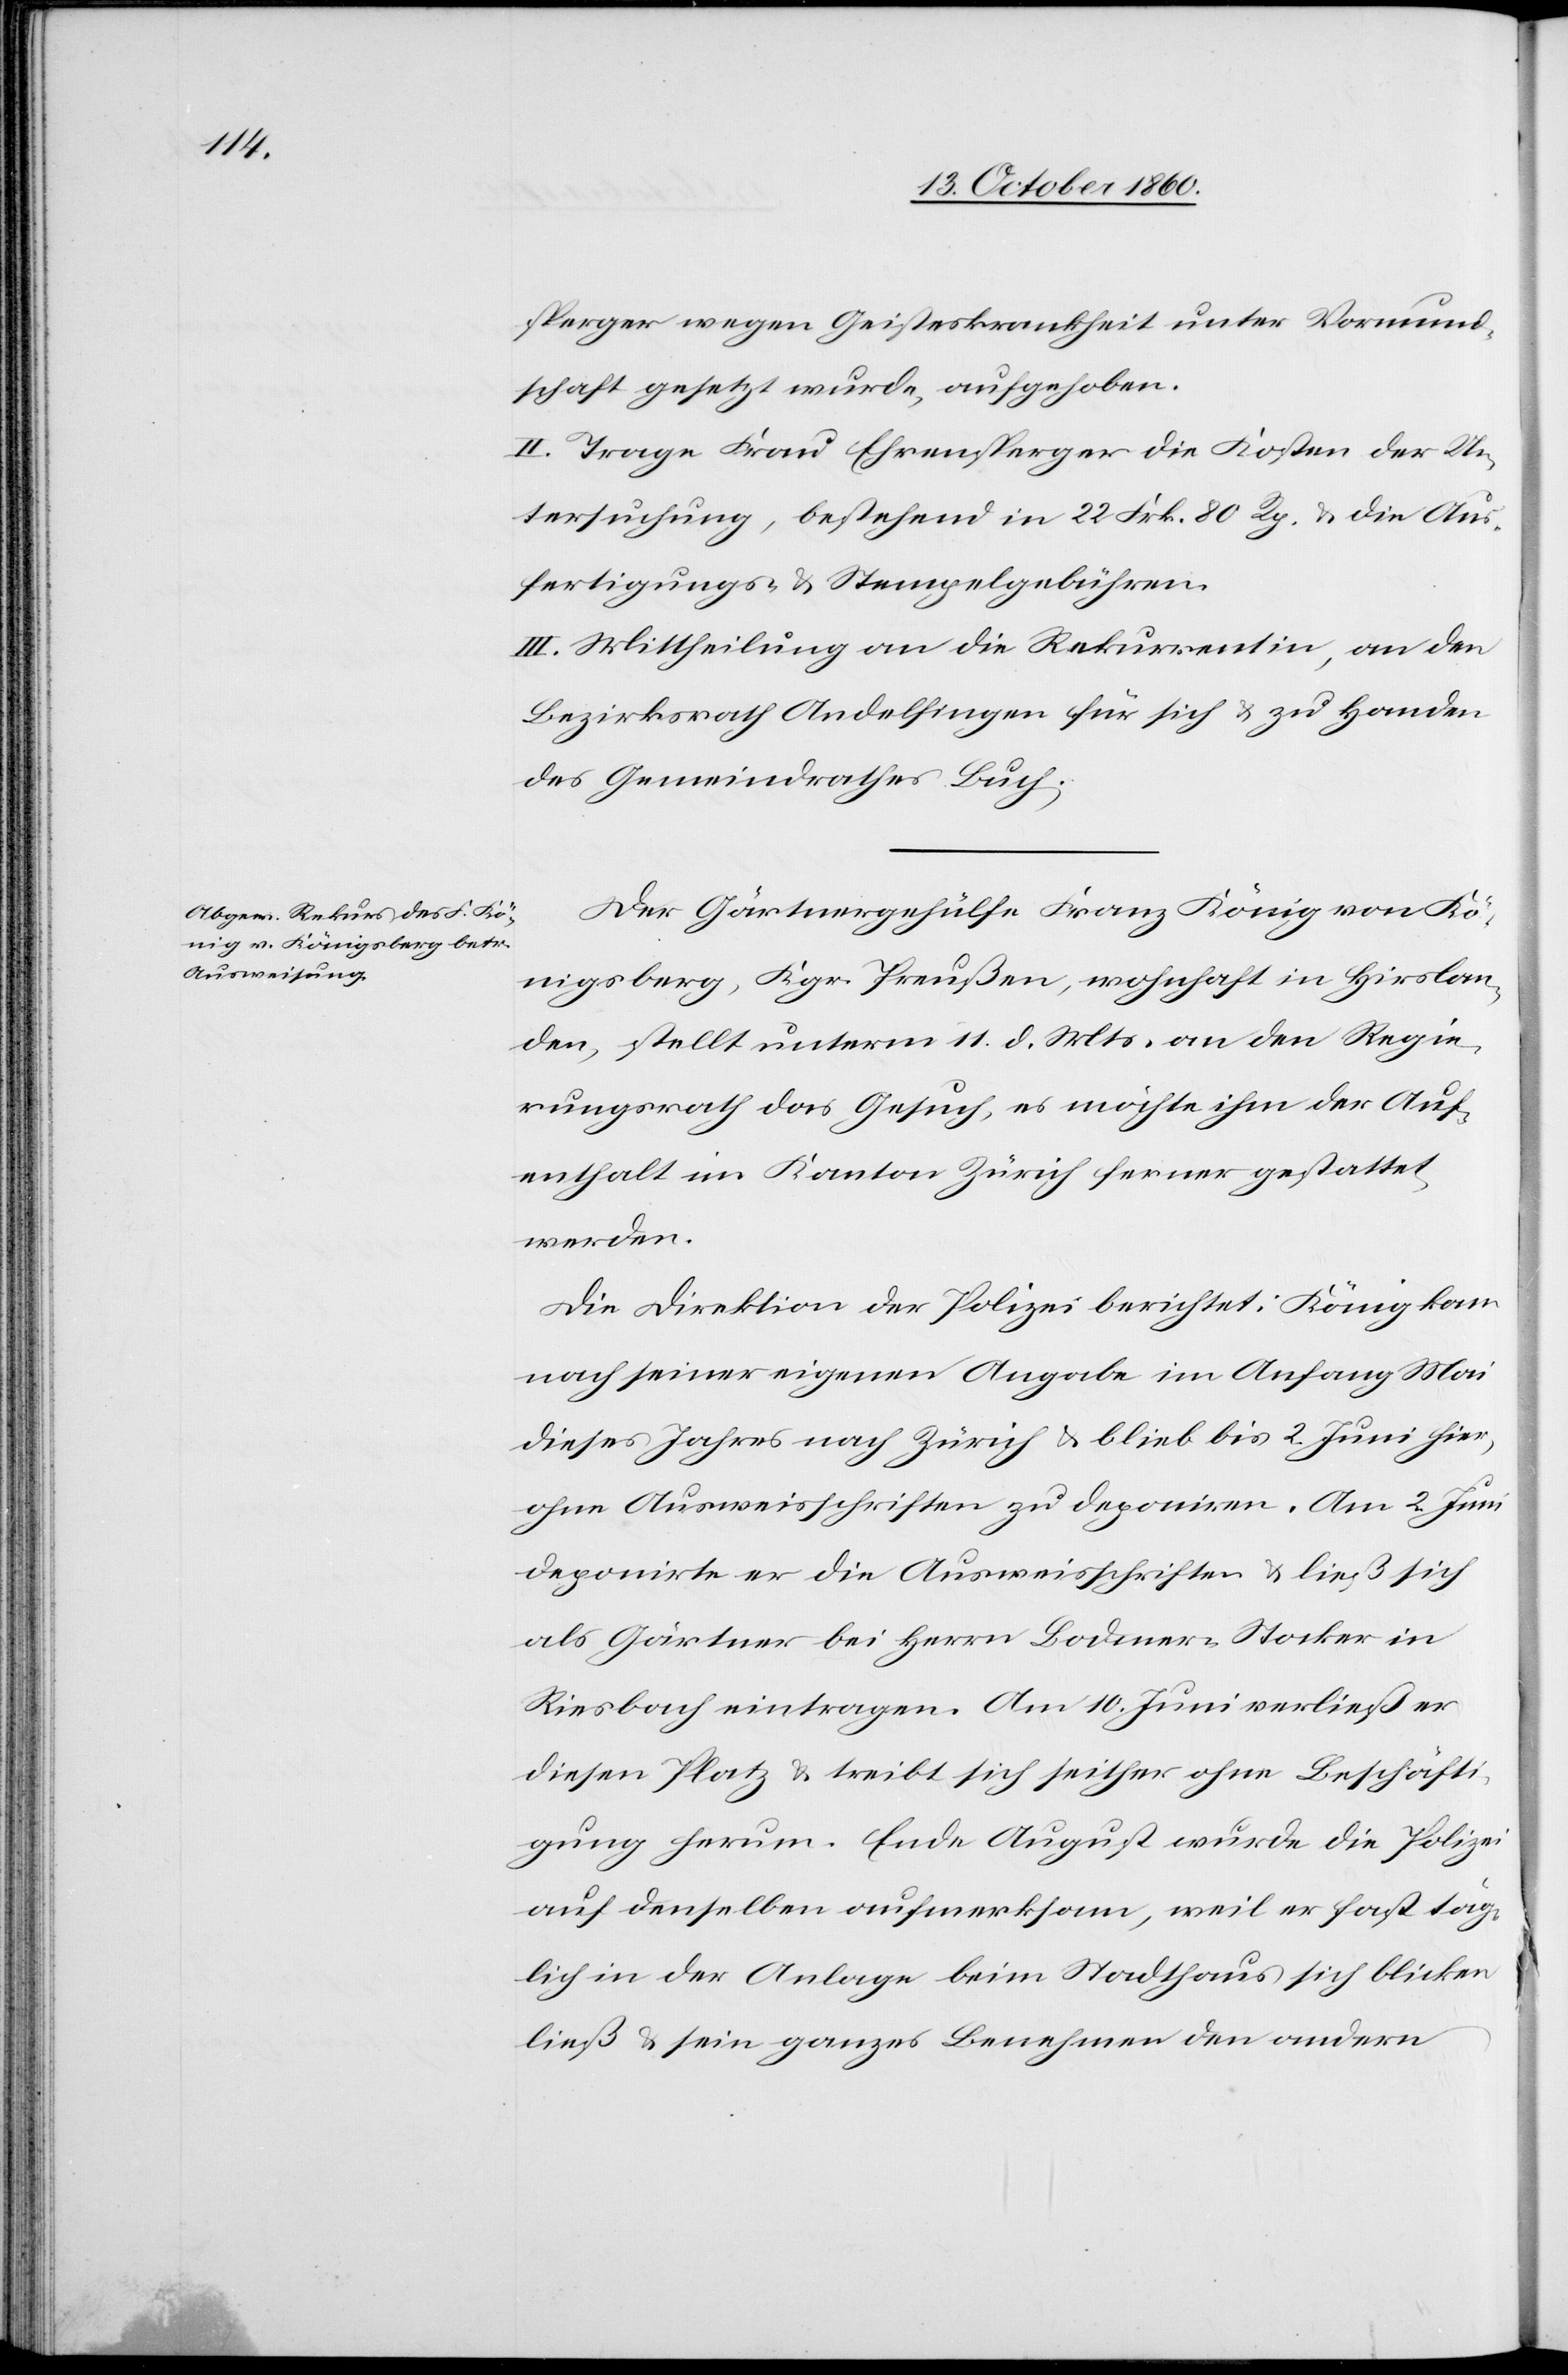
sperger wegen Geisteskrankheit unter Vormund¬
schaft gesetzt wurde, aufgehoben.
II. Trage Frau Ehrensperger die Kosten der Un¬
tersuchung, bestehend in 22 Frk. 80 Rp. u. die Aus¬
fertigungs- u. Stempelgebühren.
III. Mittheilung an die Rekurrentin, an den
Bezirksrath Andelfingen für sich u. zu Handen
des Gemeindrathes Buch.
Der Gärtnergehülfe Franz König von Kö¬
nigsberg, Kgr. Preußen, wohnhaft in Hirslan¬
den, stellt unterm 11. d. Mts. an den Regie¬
rungsrath das Gesuch, es möchte ihm der Auf¬
enthalt im Kanton Zürich ferner gestattet
werden.
Die Direktion der Polizei berichtet: König kam
nach seiner eigenen Angabe im Anfang Mai
dieses Jahres nach Zürich u. blieb bis 2. Juni hier,
ohne Ausweisschriften zu deponiren. Am 2. Juni
deponirte er die Ausweisschriften u. ließ sich
als Gärtner bei Herrn Bodmer-Stocker in
Riesbach eintragen. Am 10. Juni verließ er
diesen Platz u. treibt sich seither ohne Beschäfti¬
gung herum. Ende August wurde die Polizei
auf denselben aufmerksam, weil er fast täg¬
lich in der Anlage beim Stadthaus sich blicken
ließ u. sein ganzes Benehmen den andern